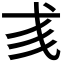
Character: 𢦑